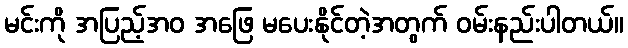
မင်းကို အပြည့်အဝ အဖြေ မပေးနိုင်တဲ့အတွက် ဝမ်းနည်းပါတယ်။